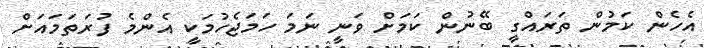
އެހެން ކަމުން ތަރައްގީ ބޭނުން ކަމަށް ވަނީ ނަމަ ހަމަޖެހުމަކީ އެންމެ ފުރަތަމައަށް